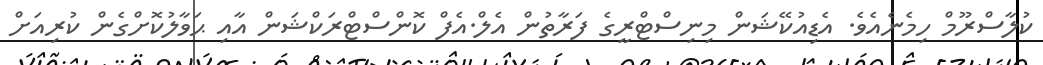
ކުލާސްރޫމް ހިމެނެއެވެ. އެޑިއުކޭޝަން މިނިސްޓްރީގެ ފަރާތުން އެލް.އެފް ކޮންސްޓްރަކްޝަން އާއި ޙަވާލުކޮށްގެން ކުރިއަށް